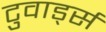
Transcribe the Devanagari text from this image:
टुवार्ड्स